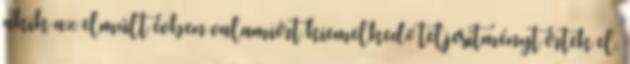
akik az elmúlt évben valamiért kiemelkedő teljesítményt értek el.